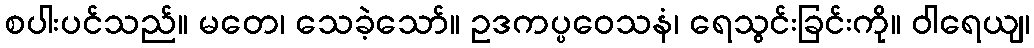
စပါးပင်သည်။ မတေ၊ သေခဲ့သော်။ ဥဒကပ္ပဝေသနံ၊ ရေသွင်းခြင်းကို။ ဝါရေယျ၊